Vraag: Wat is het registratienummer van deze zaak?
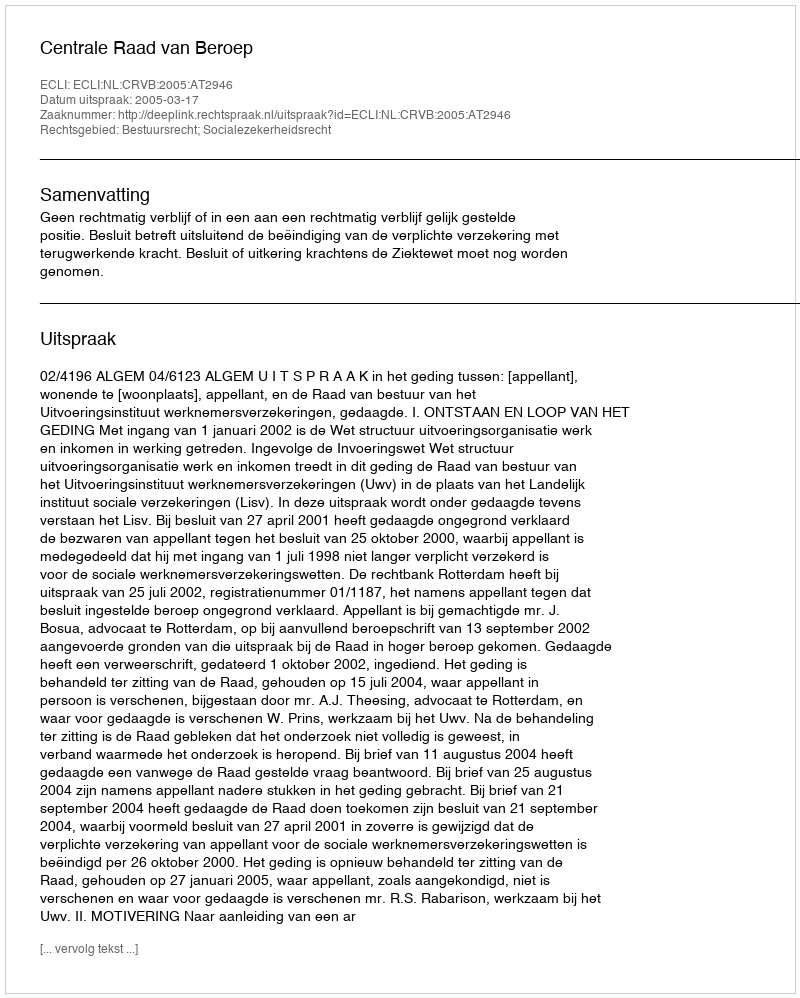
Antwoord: http://deeplink.rechtspraak.nl/uitspraak?id=ECLI:NL:CRVB:2005:AT2946